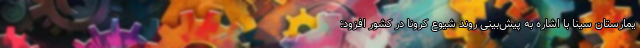
یمارستان سینا با اشاره به پیش‌بینی روند شیوع کرونا در کشور افزود: